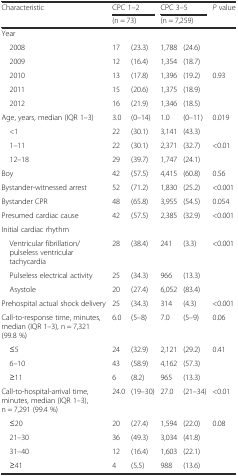
<table><thead><tr><td rowspan="2"><b>Characteristic</b></td><td colspan="2"><b>CPC 1–2</b></td><td colspan="2"><b>CPC 3–5</b></td><td rowspan="2"><b><i>P</i> value</b></td></tr><tr><td colspan="2"><b>(n = 73)</b></td><td colspan="2"><b>(n = 7,259)</b></td></tr></thead><tbody><tr><td>Year</td><td></td><td></td><td></td><td></td><td></td></tr><tr><td> 2008</td><td>17</td><td>(23.3)</td><td>1,788</td><td>(24.6)</td><td></td></tr><tr><td> 2009</td><td>12</td><td>(16.4)</td><td>1,354</td><td>(18.7)</td><td></td></tr><tr><td> 2010</td><td>13</td><td>(17.8)</td><td>1,396</td><td>(19.2)</td><td>0.93</td></tr><tr><td> 2011</td><td>15</td><td>(20.6)</td><td>1,375</td><td>(18.9)</td><td></td></tr><tr><td> 2012</td><td>16</td><td>(21.9)</td><td>1,346</td><td>(18.5)</td><td></td></tr><tr><td>Age, years, median (IQR 1–3)</td><td>3.0</td><td>(0–14)</td><td>1.0</td><td>(0–11)</td><td>0.019</td></tr><tr><td> &lt;1</td><td>22</td><td>(30.1)</td><td>3,141</td><td>(43.3)</td><td></td></tr><tr><td> 1–11</td><td>22</td><td>(30.1)</td><td>2,371</td><td>(32.7)</td><td>&lt;0.01</td></tr><tr><td> 12–18</td><td>29</td><td>(39.7)</td><td>1,747</td><td>(24.1)</td><td></td></tr><tr><td>Boy</td><td>42</td><td>(57.5)</td><td>4,415</td><td>(60.8)</td><td>0.56</td></tr><tr><td>Bystander-witnessed arrest</td><td>52</td><td>(71.2)</td><td>1,830</td><td>(25.2)</td><td>&lt;0.001</td></tr><tr><td>Bystander CPR</td><td>48</td><td>(65.8)</td><td>3,955</td><td>(54.5)</td><td>0.054</td></tr><tr><td>Presumed cardiac cause</td><td>42</td><td>(57.5)</td><td>2,385</td><td>(32.9)</td><td>&lt;0.001</td></tr><tr><td>Initial cardiac rhythm</td><td></td><td></td><td></td><td></td><td></td></tr><tr><td> Ventricular fibrillation/pulseless ventricular tachycardia</td><td>28</td><td>(38.4)</td><td>241</td><td>(3.3)</td><td rowspan="3">&lt;0.001</td></tr><tr><td> Pulseless electrical activity</td><td>25</td><td>(34.3)</td><td>966</td><td>(13.3)</td></tr><tr><td> Asystole</td><td>20</td><td>(27.4)</td><td>6,052</td><td>(83.4)</td></tr><tr><td>Prehospital actual shock delivery</td><td>25</td><td>(34.3)</td><td>314</td><td>(4.3)</td><td>&lt;0.001</td></tr><tr><td>Call-to-response time, minutes, median (IQR 1–3), n = 7,321 (99.8 %)</td><td>6.0</td><td>(5–8)</td><td>7.0</td><td>(5–9)</td><td>0.06</td></tr><tr><td> ≤5</td><td>24</td><td>(32.9)</td><td>2,121</td><td>(29.2)</td><td rowspan="3">0.41</td></tr><tr><td> 6–10</td><td>43</td><td>(58.9)</td><td>4,162</td><td>(57.3)</td></tr><tr><td> ≥11</td><td>6</td><td>(8.2)</td><td>965</td><td>(13.3)</td></tr><tr><td>Call-to-hospital-arrival time, minutes, median (IQR 1–3), n = 7,291 (99.4 %)</td><td>24.0</td><td>(19–30)</td><td>27.0</td><td>(21–34)</td><td>&lt;0.01</td></tr><tr><td> ≤20</td><td>20</td><td>(27.4)</td><td>1,594</td><td>(22.0)</td><td rowspan="4">0.08</td></tr><tr><td> 21–30</td><td>36</td><td>(49.3)</td><td>3,034</td><td>(41.8)</td></tr><tr><td> 31–40</td><td>12</td><td>(16.4)</td><td>1,603</td><td>(22.1)</td></tr><tr><td> ≥41</td><td>4</td><td>(5.5)</td><td>988</td><td>(13.6)</td></tr></tbody></table>